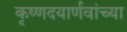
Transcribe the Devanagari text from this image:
कृष्णदयार्णवांच्या